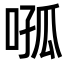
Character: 𭈦